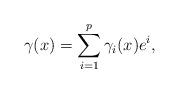
LaTeX: \begin{align*}\gamma(x)=\sum_{i=1}^p \gamma_i(x) e^i,\end{align*}